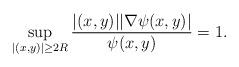
LaTeX: \begin{align*} \sup_{|(x, y)| \geq 2R} \frac{|(x,y)||\nabla \psi(x ,y)|}{\psi(x, y)}=1.\end{align*}